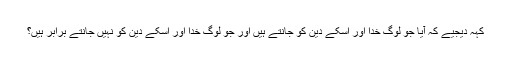
کہہ دیجیے کہ آیا جو لوگ خدا اور اسکے دین کو جانتے ہیں اور جو لوگ خدا اور اسکے دین کو نہیں جانتے برابر ہیں؟